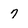
Character: 7